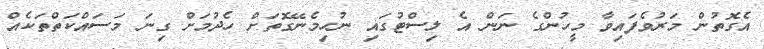
އެގޮތުން މަރުވެފައިވާ މީހުންގެ ނަން އެ ލިސްޓުގައި ނުހިމެނޭގޮތަށް ހެދުމަށް ގިނަ މަސައްކަތްތަކެއް